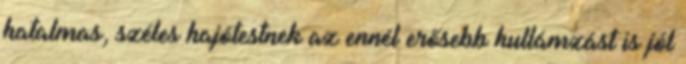
hatalmas, széles hajótestnek az ennél erősebb hullámzást is jól